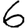
Digit: 6